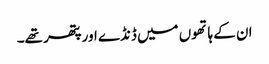
ان کے ہاتھوں میں ڈنڈے اور پتھر تھے۔